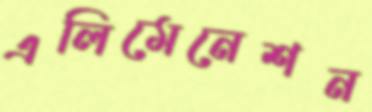
এলিমেনেশন